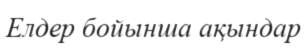
Елдер бойынша ақындар